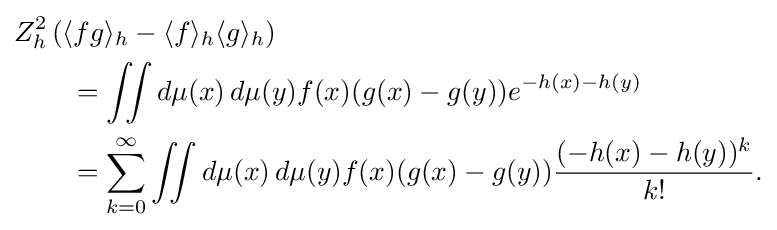
{\begin{aligned}&Z_{h}^{2}\left(\langle fg\rangle _{h}-\langle f\rangle _{h}\langle g\rangle _{h}\right)\\&\qquad =\iint d\mu (x)\,d\mu (y)f(x)(g(x)-g(y))e^{-h(x)-h(y)}\\&\qquad =\sum _{k=0}^{\infty }\iint d\mu (x)\,d\mu (y)f(x)(g(x)-g(y)){\frac {(-h(x)-h(y))^{k}}{k!}}.\end{aligned}}